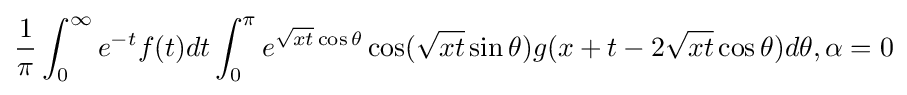
{\frac {1}{\pi }}\int _{0}^{\infty }e^{-t}f(t)dt\int _{0}^{\pi }e^{{\sqrt {xt}}\cos \theta }\cos({\sqrt {xt}}\sin \theta )g(x+t-2{\sqrt {xt}}\cos \theta )d\theta ,\alpha =0